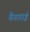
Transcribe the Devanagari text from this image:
वैगाराई